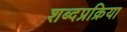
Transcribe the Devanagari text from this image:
शब्दप्रक्रिया